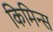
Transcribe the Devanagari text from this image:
किमिन्स